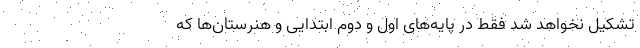
تشکیل نخواهد شد فقط در پایه‌های اول و دوم ابتدایی و هنرستان‌ها که